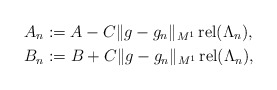
\begin{align*}&A_n := A - C \lVert g-g_n\rVert_{M^1} \mathop{\mathrm{rel}}(\Lambda_n), \\&B_n := B + C \lVert g-g_n\rVert_{M^1} \mathop{\mathrm{rel}}(\Lambda_n),\end{align*}